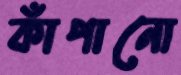
কাঁপানো